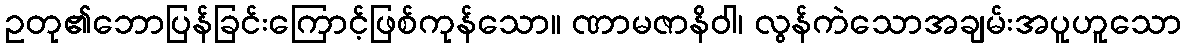
ဥတု၏ဘောပြန်ခြင်းကြောင့်ဖြစ်ကုန်သော။ ဏာမဇာနိဝါ၊ လွန်ကဲသောအချမ်းအပူဟူသော